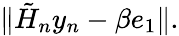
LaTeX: \| {\tilde{H}}_{n}y_{n}-\beta e_{1}\| .